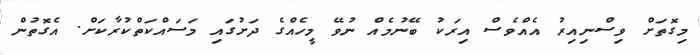
މިގޮތަށް ވިސްނިއިރު އެއްވެސް އިރަކު ބޭނުމެއް ނުވޭ މީހެއްގެ ދަށުގައި މަސައްކަތްކުރާކަށް. އެގޮތުން